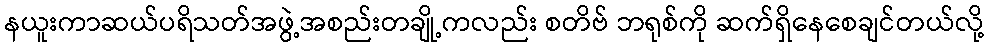
နယူးကာဆယ်ပရိသတ်အဖွဲ့အစည်းတချို့ကလည်း စတိဗ် ဘရုစ်ကို ဆက်ရှိနေစေချင်တယ်လို့